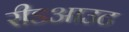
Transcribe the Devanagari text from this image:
रीडआउट